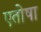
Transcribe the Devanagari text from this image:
एतोषा